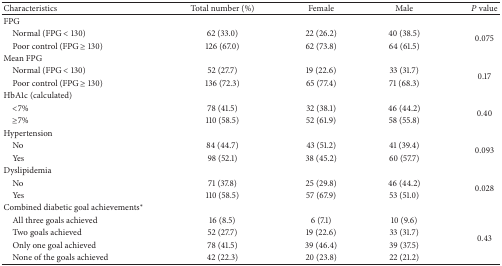
<table><thead><tr><td><b>Characteristics </b></td><td><b>Total number (%)</b></td><td><b>Female</b></td><td><b>Male</b></td><td><b><i>P</i> value</b></td></tr></thead><tbody><tr><td>FPG</td><td> </td><td> </td><td> </td><td> </td></tr><tr><td> Normal (FPG &lt; 130)</td><td>62 (33.0)</td><td>22 (26.2)</td><td>40 (38.5)</td><td rowspan="2">0.075</td></tr><tr><td> Poor control (FPG ≥ 130)</td><td>126 (67.0)</td><td>62 (73.8)</td><td>64 (61.5)</td></tr><tr><td>Mean FPG</td><td> </td><td> </td><td> </td><td> </td></tr><tr><td> Normal (FPG &lt; 130)</td><td>52 (27.7)</td><td>19 (22.6)</td><td>33 (31.7)</td><td rowspan="2">0.17</td></tr><tr><td> Poor control (FPG ≥ 130)</td><td>136 (72.3)</td><td>65 (77.4)</td><td>71 (68.3)</td></tr><tr><td>HbA1c (calculated)</td><td> </td><td> </td><td> </td><td> </td></tr><tr><td> &lt;7%</td><td>78 (41.5)</td><td>32 (38.1)</td><td>46 (44.2)</td><td rowspan="2">0.40</td></tr><tr><td> ≥7%</td><td>110 (58.5)</td><td>52 (61.9)</td><td>58 (55.8)</td></tr><tr><td>Hypertension</td><td> </td><td> </td><td> </td><td> </td></tr><tr><td> No</td><td>84 (44.7)</td><td>43 (51.2)</td><td>41 (39.4)</td><td rowspan="2">0.093</td></tr><tr><td> Yes</td><td>98 (52.1)</td><td>38 (45.2)</td><td>60 (57.7)</td></tr><tr><td>Dyslipidemia</td><td> </td><td> </td><td> </td><td> </td></tr><tr><td> No</td><td>71 (37.8)</td><td>25 (29.8)</td><td>46 (44.2)</td><td rowspan="2">0.028</td></tr><tr><td> Yes</td><td>110 (58.5)</td><td>57 (67.9)</td><td>53 (51.0)</td></tr><tr><td>Combined diabetic goal achievements<sup><i>∗</i></sup></td><td> </td><td> </td><td> </td><td> </td></tr><tr><td> All three goals achieved</td><td>16 (8.5)</td><td>6 (7.1)</td><td>10 (9.6)</td><td rowspan="4">0.43</td></tr><tr><td> Two goals achieved</td><td>52 (27.7)</td><td>19 (22.6)</td><td>33 (31.7)</td></tr><tr><td> Only one goal achieved</td><td>78 (41.5)</td><td>39 (46.4)</td><td>39 (37.5)</td></tr><tr><td> None of the goals achieved</td><td>42 (22.3)</td><td>20 (23.8)</td><td>22 (21.2)</td></tr></tbody></table>